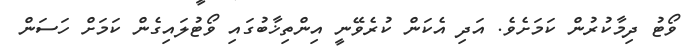
ވޯޓު ދިމާކުރުން ކަމަށެވެ. އަދި އެކަން ކުރެވޭނީ އިންތިޚާބުގައި ވޯޓުލައިގެން ކަމަށް ހަސަން